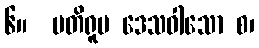
၆။  ပတိရူပ ဒေသဝါသော စ၊